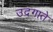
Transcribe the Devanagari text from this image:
उदगाते